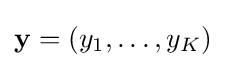
\mathbf {y} =(y_{1},\ldots ,y_{K})